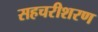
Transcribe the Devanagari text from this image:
सहचरीशरण